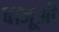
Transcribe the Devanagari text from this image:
बाजूओं